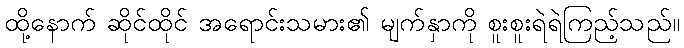
ထို့နောက် ဆိုင်ထိုင် အရောင်းသမား၏ မျက်နှာကို စူးစူးရဲရဲကြည့်သည်။